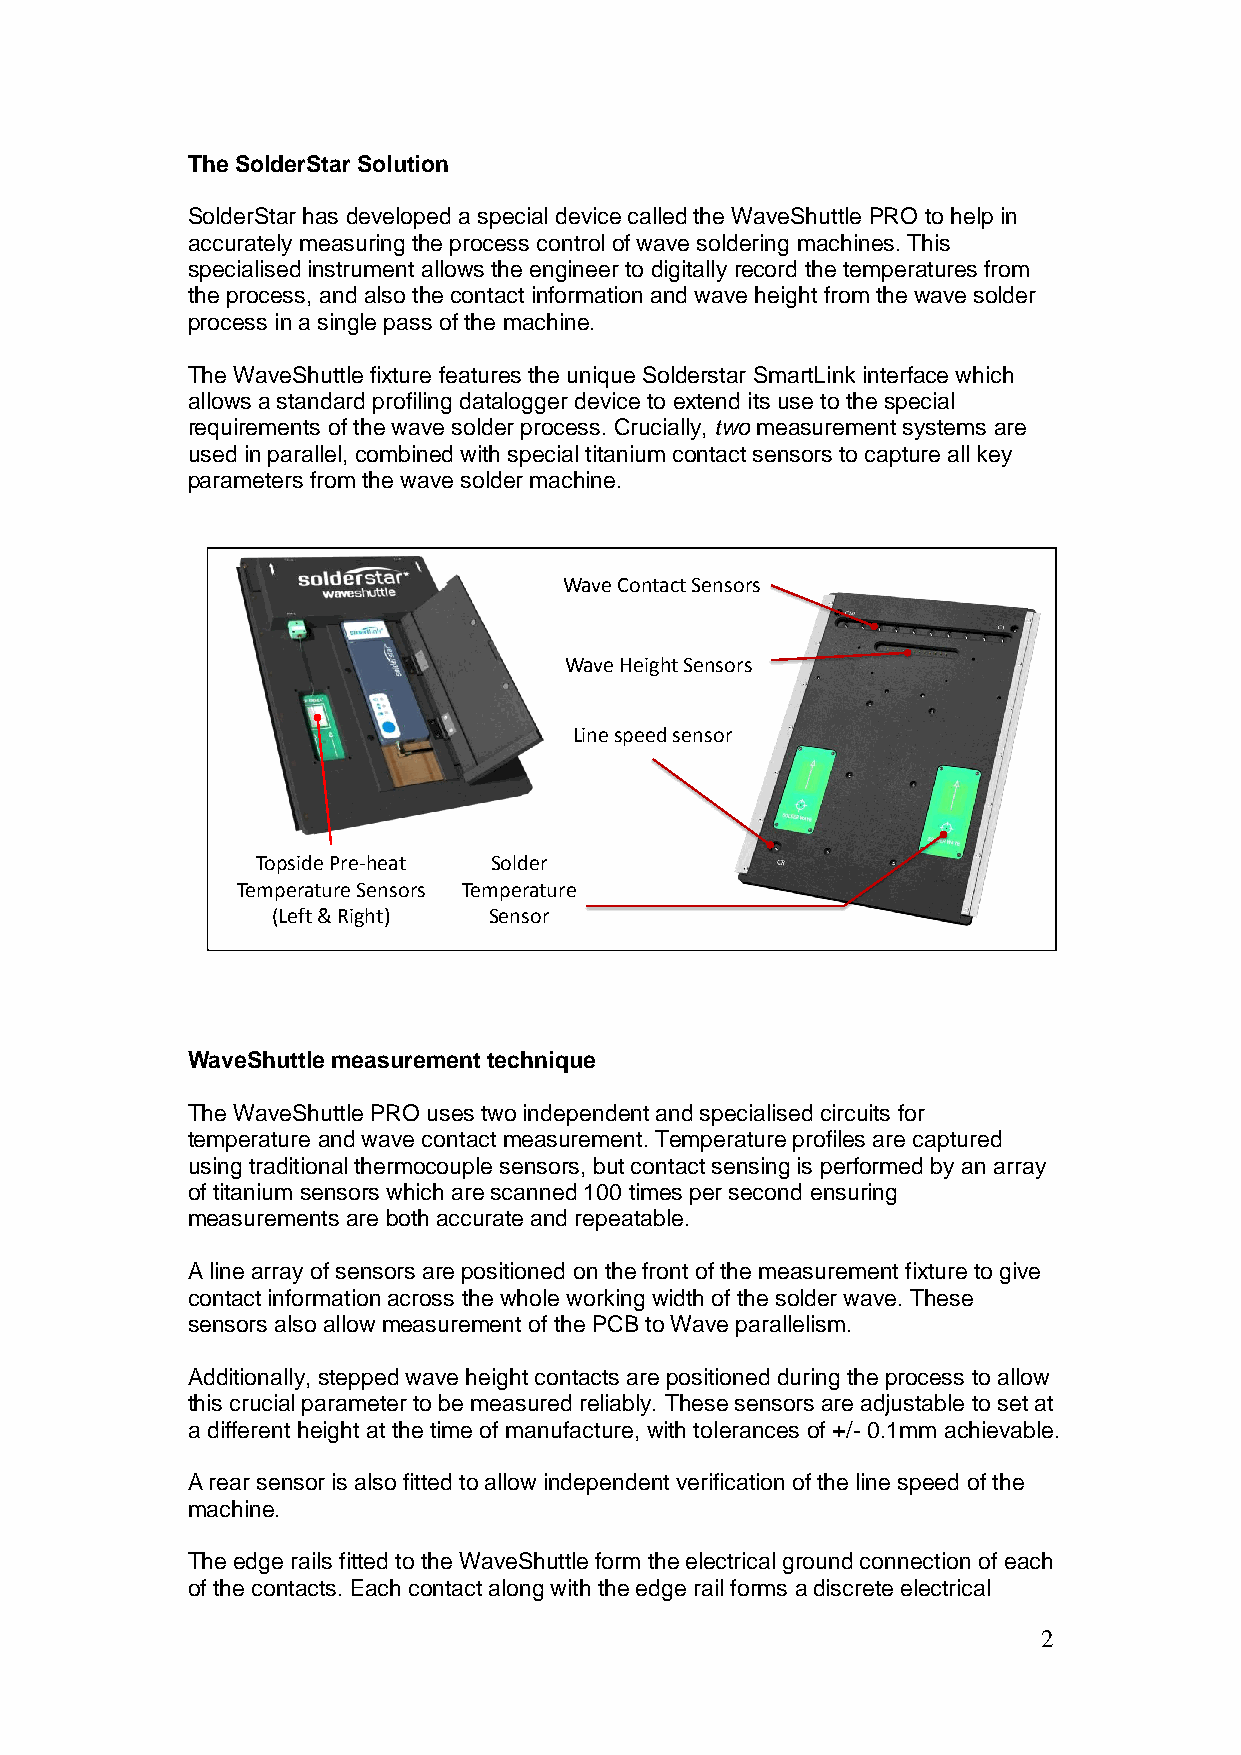
The SolderStar Solution
 SolderStar has developed a special device called the WaveShuttle PRO to help in
 accurately measuring the process control of wave soldering machines. This
 specialised instrument allows the engineer to digitally record the temperatures from
 the process, and also the contact information and wave height from the wave solder
 process in a single pass of the machine.
 The WaveShuttle fixture features the unique Solderstar SmartLink interface which
 allows a standard profiling datalogger device to extend its use to the special
 requirements of the wave solder process. Crucially, two measurement systems are
 used in parallel, combined with special titanium contact sensors to capture all key
 parameters from the wave solder machine.
 Wave Contact Sensors
 Wave Height Sensors
 Line speed sensor
 Topside Pre-heat Solder
 Temperature Sensors Temperature
 (Left & Right) Sensor
 WaveShuttle measurement technique
 The WaveShuttle PRO uses two independent and specialised circuits for
 temperature and wave contact measurement. Temperature profiles are captured
 using traditional thermocouple sensors, but contact sensing is performed by an array
 of titanium sensors which are scanned 100 times per second ensuring
 measurements are both accurate and repeatable.
 A line array of sensors are positioned on the front of the measurement fixture to give
 contact information across the whole working width of the solder wave. These
 sensors also allow measurement of the PCB to Wave parallelism.
 Additionally, stepped wave height contacts are positioned during the process to allow
 this crucial parameter to be measured reliably. These sensors are adjustable to set at
 a different height at the time of manufacture, with tolerances of +/- 0.1mm achievable.
 A rear sensor is also fitted to allow independent verification of the line speed of the
 machine.
 The edge rails fitted to the WaveShuttle form the electrical ground connection of each
 of the contacts. Each contact along with the edge rail forms a discrete electrical
 2